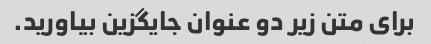
برای متن زیر دو عنوان جایگزین بیاورید.